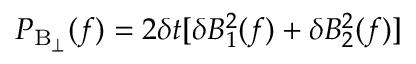
P _ { \mathrm { B _ { \perp } } } ( f ) = 2 \delta t [ \delta B _ { 1 } ^ { 2 } ( f ) + \delta B _ { 2 } ^ { 2 } ( f ) ]